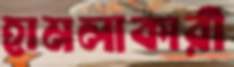
হামলাকারী